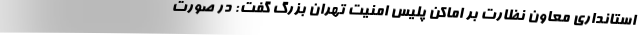
استانداری معاون نظارت بر اماکن پلیس امنیت تهران بزرگ گفت: در صورت